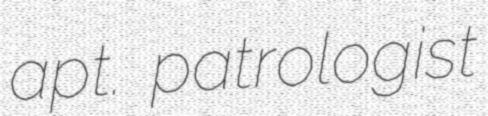
apt. patrologist